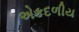
એકદળીય